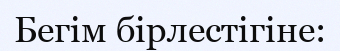
Бегім бірлестігіне: